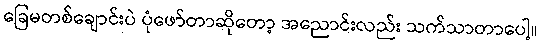
ခြေမတစ်ချောင်းပဲ ပုံဖော်တာဆိုတော့ အညောင်းလည်း သက်သာတာပေါ့။